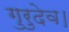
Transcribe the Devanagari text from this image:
गुरुदेव।